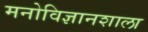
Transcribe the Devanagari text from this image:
मनोविज्ञानशाला